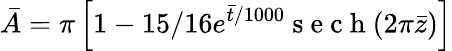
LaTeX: \bar{A}=\pi\left[1-15/16e^{\bar{t}/1000}\mathrm{~s~e~c~h~}(2\pi\bar{z})\right]